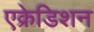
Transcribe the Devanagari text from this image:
एक्रेडिशन